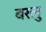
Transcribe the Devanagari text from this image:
बरलु